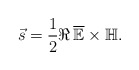
\begin{align*}\vec{s} = \frac{1}{2} \Re{\, \overline{\mathbb{E}}\times{\mathbb{H}}}.\end{align*}